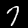
Digit: 7